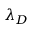
\lambda _ { D }